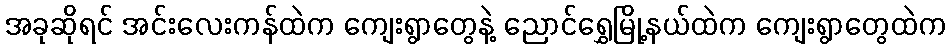
အခုဆိုရင် အင်းလေးကန်ထဲက ကျေးရွာတွေနဲ့ ညောင်ရွှေမြို့နယ်ထဲက ကျေးရွာတွေထဲက